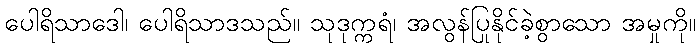
ပေါရိသာဒေါ၊ ပေါရိသာဒသည်။ သုဒုက္ကရံ၊ အလွန်ပြုနိုင်ခဲ့စွာသော အမှုကို။